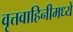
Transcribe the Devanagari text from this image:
वृत्तवाहिनीमध्ये